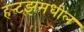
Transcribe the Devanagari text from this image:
हर्‍ट्झमधील